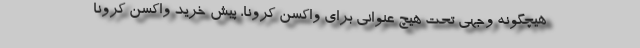
هیچگونه وجهی تحت هیچ عنوانی برای واکسن کرونا، پیش خرید واکسن کرونا